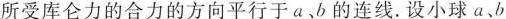
所受库仑力的合力的方向平行于 a，b 的连线。设小球 a、b